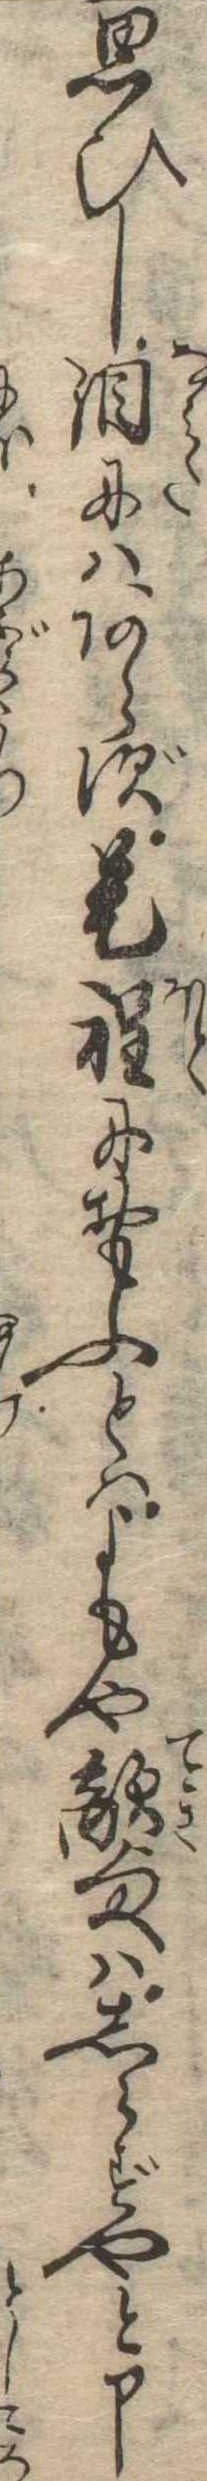
思ひし涙にはあらず是程におもふとはよもや敵様はしらずやと申